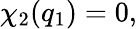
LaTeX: \chi_{2}(q_{1})=0,